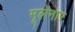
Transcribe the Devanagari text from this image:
मूलेनार